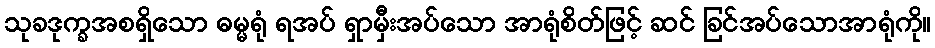
သုခဒုက္ခအစရှိသော ဓမ္မရုံ ရအပ် ရှာမှီးအပ်သော အာရုံစိတ်ဖြင့် ဆင် ခြင်အပ်သောအာရုံကို။